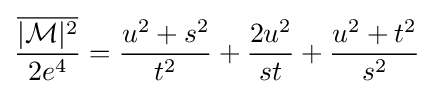
{\frac {\overline {|{\mathcal {M}}|^{2}}}{2e^{4}}}={\frac {u^{2}+s^{2}}{t^{2}}}+{\frac {2u^{2}}{st}}+{\frac {u^{2}+t^{2}}{s^{2}}}